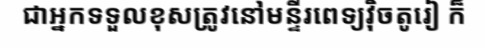
ជាអ្នកទទួលខុសត្រូវនៅមន្ទីរពេទ្យវ៉ិចតូរៀ ក៏